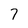
Character: 7